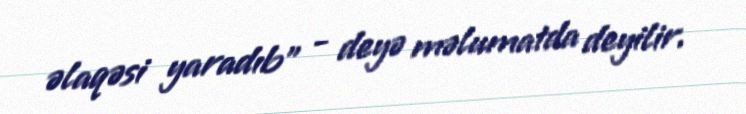
əlaqəsi yaradıb” - deyə məlumatda deyilir.